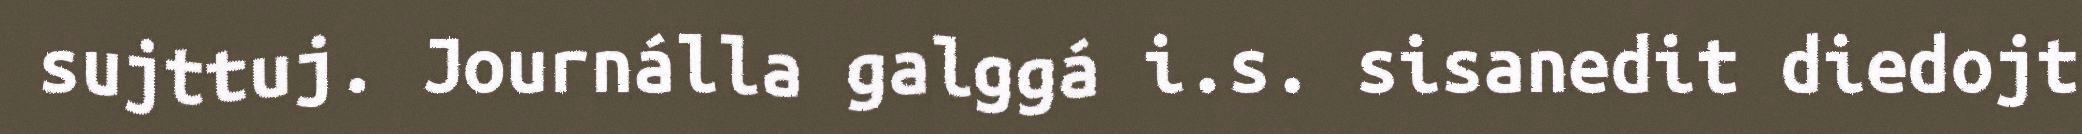
sujttuj. Journálla galggá i.s. sisanedit diedojt